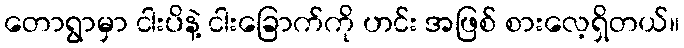
တောရွာမှာ ငါးပိနဲ့ ငါးခြောက်ကို ဟင်း အဖြစ် စားလေ့ရှိတယ်။